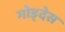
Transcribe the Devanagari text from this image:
गोड्देस